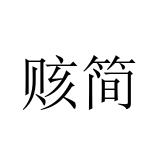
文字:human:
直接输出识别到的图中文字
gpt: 赅简